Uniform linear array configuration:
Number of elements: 48
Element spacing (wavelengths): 0.75
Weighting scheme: binomial
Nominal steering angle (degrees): -45
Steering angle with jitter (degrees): -43.504
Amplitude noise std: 0.05
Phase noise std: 0.05

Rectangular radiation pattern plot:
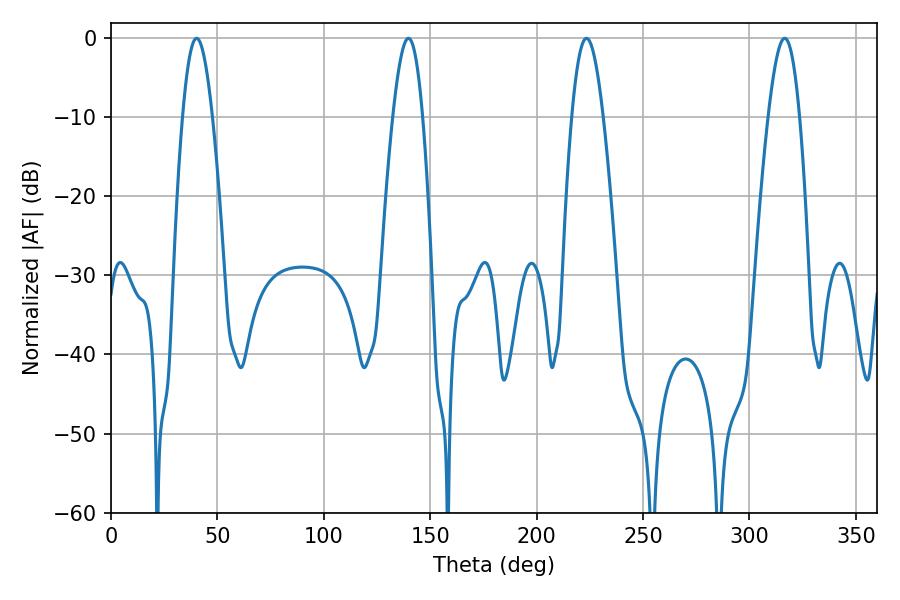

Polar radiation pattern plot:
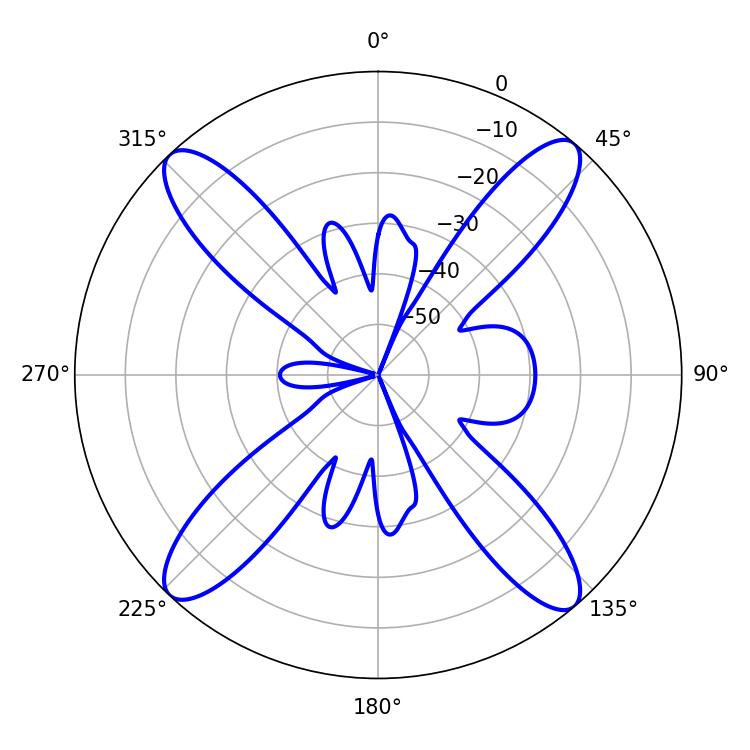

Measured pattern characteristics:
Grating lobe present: TRUE
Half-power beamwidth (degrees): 7.92
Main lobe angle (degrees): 223.38